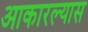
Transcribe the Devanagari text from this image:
आकारल्यास